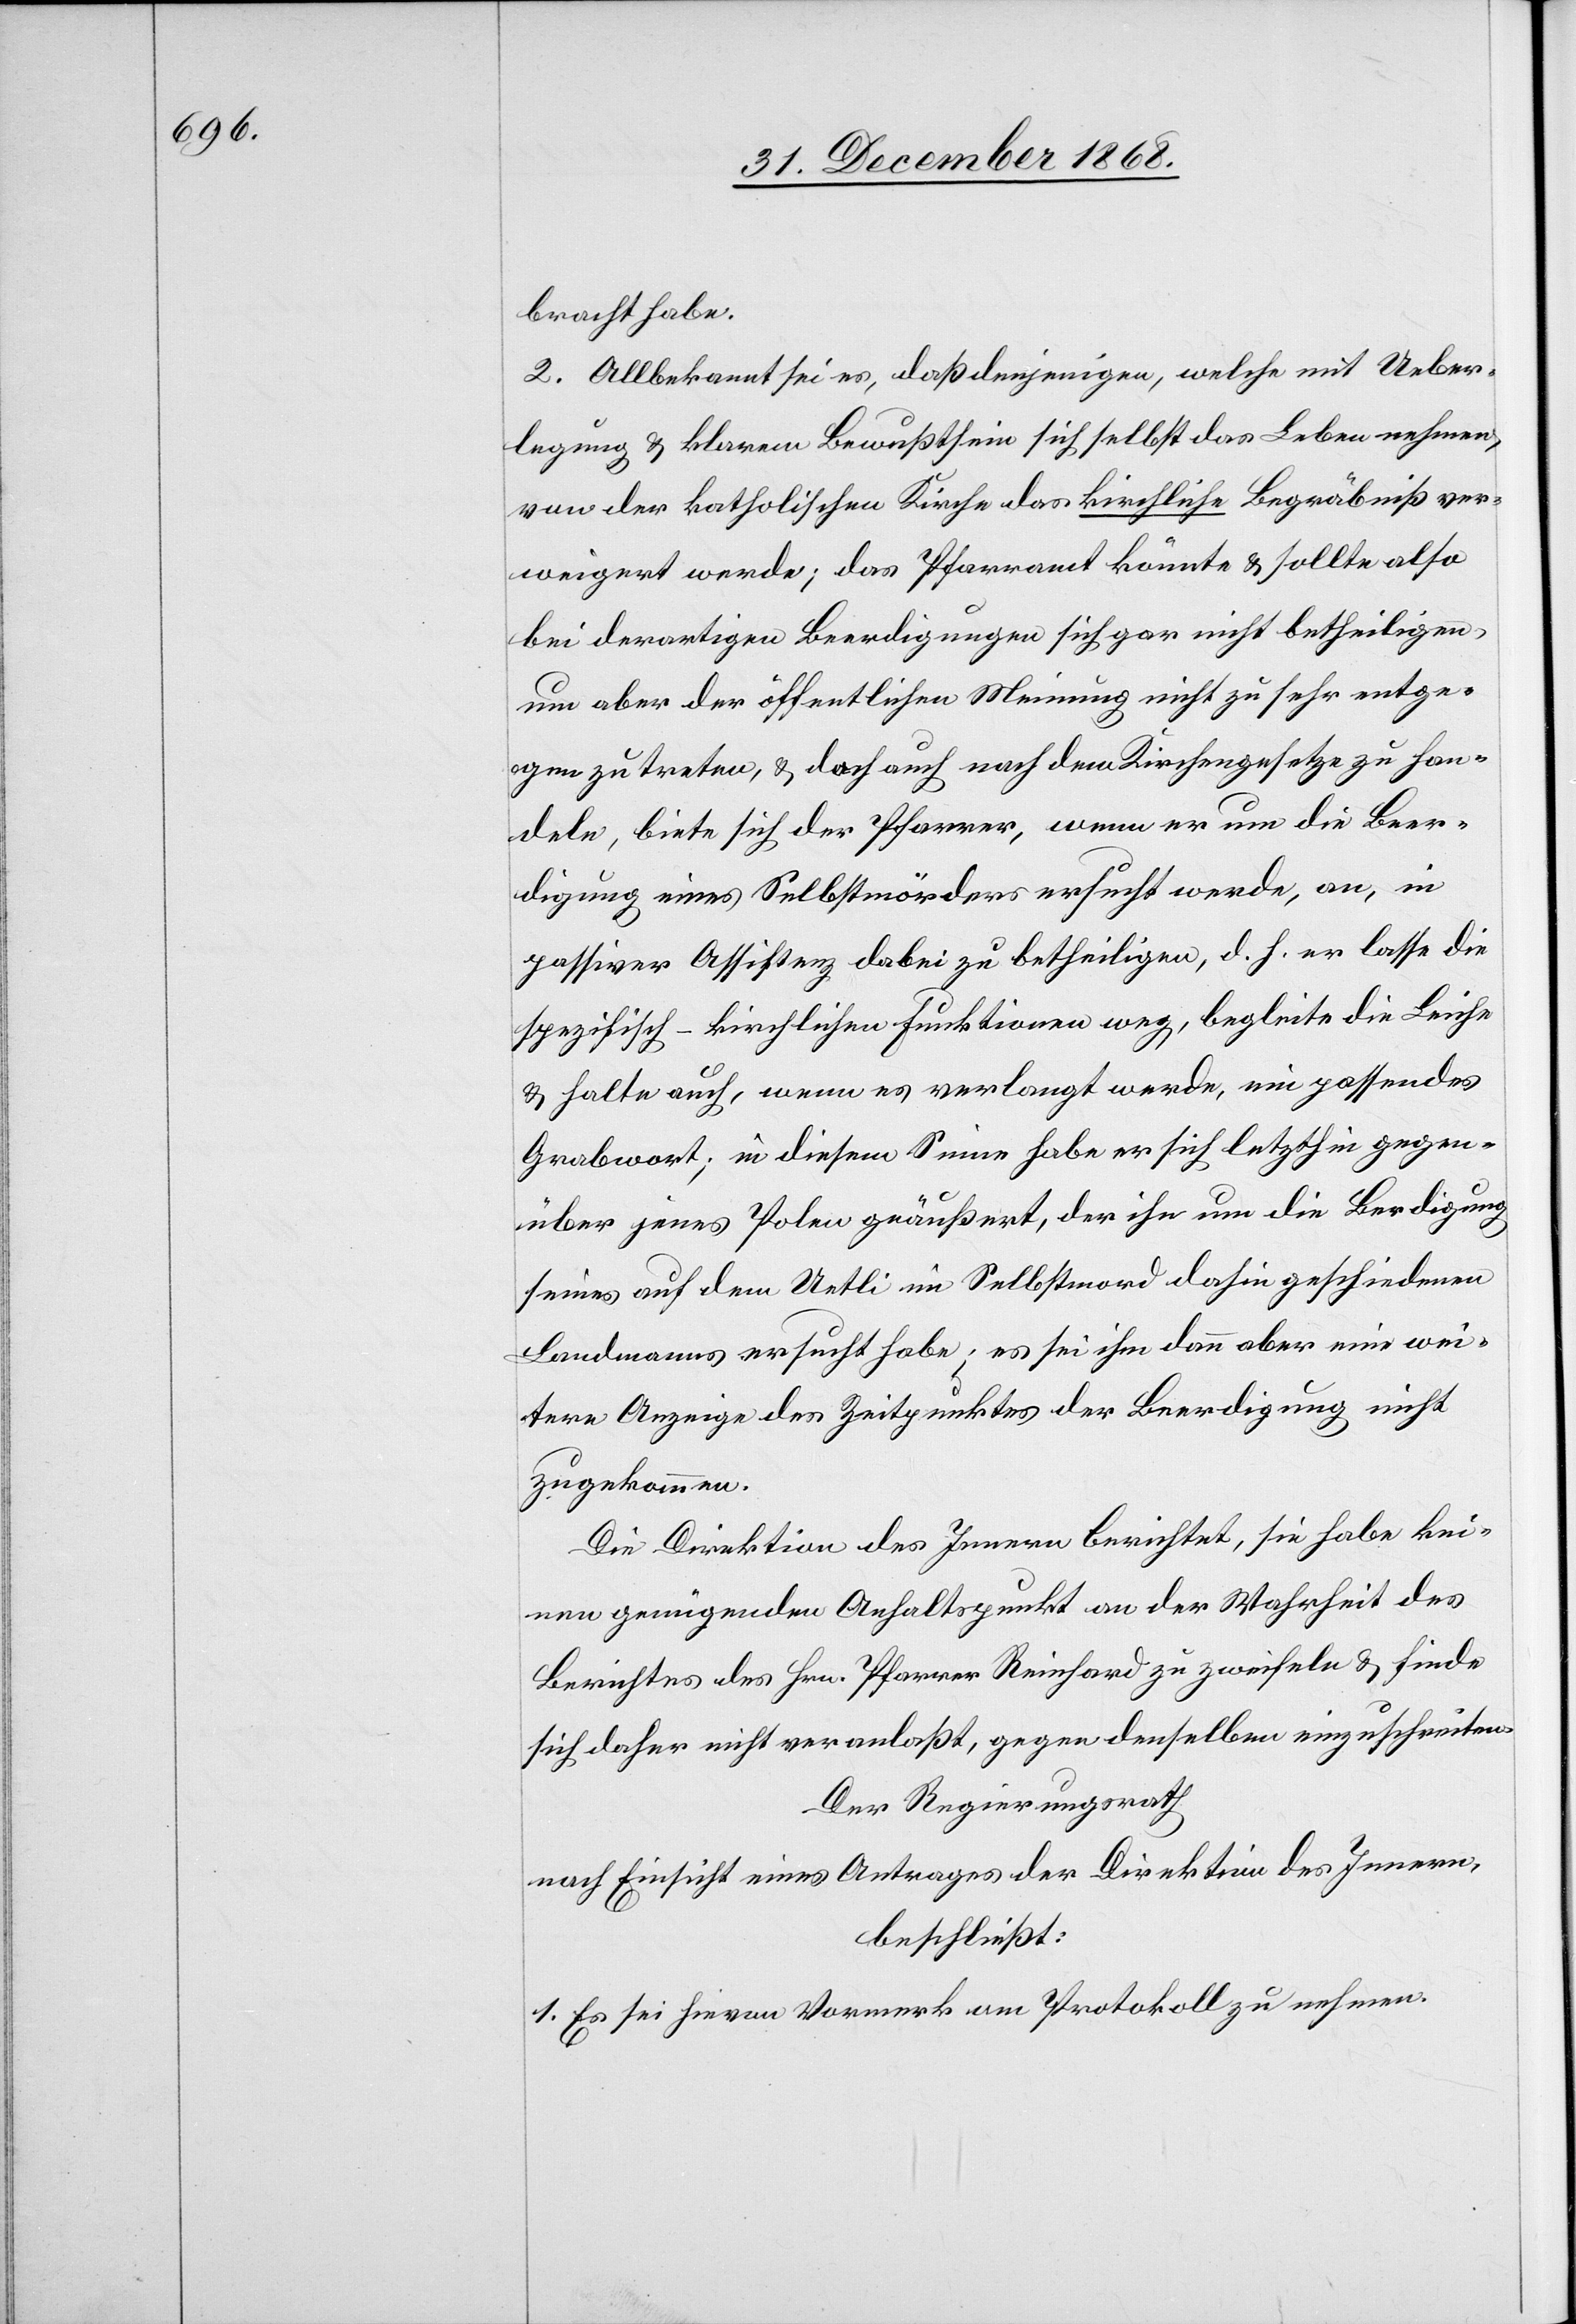
bracht habe.
2. Allbekannt sei es, daß denjenigen, welche mit Ueber¬
legung & klarem Bewußtsein sich selbst das Leben nehmen,
von der katholischen Kirche das kirchliche Begräbniß ver¬
weigert werde; das Pfarramt könnte & sollte also
bei derartigen Beerdigungen sich gar nicht betheiligen,
um aber der öffentlichen Meinung nicht zu sehr entge¬
gen zu treten, & doch auch nach dem Kirchengesetze zu han¬
deln, biete sich der Pfarrer, wenn er um die Beer¬
digung eines Selbstmörders ersucht werde, an,
passiver Assistenz dabei zu betheiligen, d. h. er lasse die
spezifisch-kirchlichen Funktionen weg, begleite die Leiche
& halte auch, wenn es verlangt werde, ein passendes
Grabwort; in diesem Sinne habe er sich letzthin gegen¬
über jenes Polen geäußert, der ihn um die Be[e]rdigung
seines auf dem Uetli im Selbstmord dahin geschiedenen
Landmanns ersucht habe; es sei ihm dann aber eine wei¬
tere Anzeige des Zeitpunktes der Beerdigung nicht
zugekommen.
Die Direktion des Innern berichtet, sie habe kei¬
nen genügenden Anhaltspunkt an der Wahrheit des
Berichtes des Hrn. Pfarrer Reinhard zu zweifeln & finde
sich daher nicht veranlaßt, gegen denselben einzuschreiten.
Der Regierungsrath
nach Einsicht eines Antrages der Direktion des Innern,
beschließt:
1. Es sei hievon Vormerk am Protokoll zu nehmen.